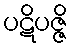
ပဋိပဇ္ဇိ